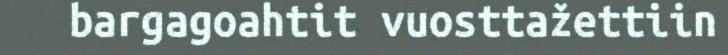
bargagoahtit vuosttažettiin